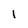
Character: l